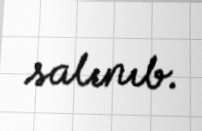
salınıb.